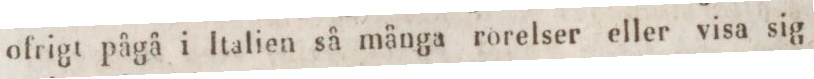
ofrigt pågå i Italien så många rorelser eller visa sig